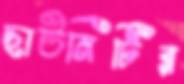
ছাউনিটির